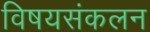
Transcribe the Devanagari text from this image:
विषयसंकलन